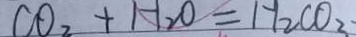
C O _ { 2 } + H _ { 2 } O = H _ { 2 } C O _ { 3 }